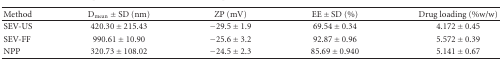
<table><thead><tr><td><b>Method</b></td><td><b>D<sub>mean</sub> ± SD (nm)</b></td><td><b>ZP (mV)</b></td><td><b>EE ± SD (%)</b></td><td><b>Drug loading (%w/w)</b></td></tr></thead><tbody><tr><td>SEV-US</td><td>420.30 ± 215.43</td><td>−29.5 ± 1.9</td><td>69.54 ± 0.34</td><td>4.172 ± 0.45</td></tr><tr><td>SEV-FF</td><td>990.61 ± 10.90</td><td>−25.6 ± 3.2</td><td>92.87 ± 0.96</td><td>5.572 ± 0.39</td></tr><tr><td>NPP</td><td>320.73 ± 108.02</td><td>−24.5 ± 2.3</td><td>85.69 ± 0.940</td><td>5.141 ± 0.67</td></tr></tbody></table>